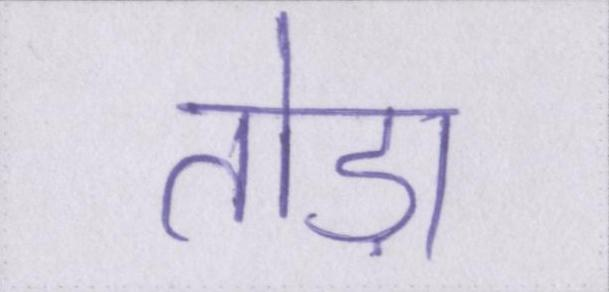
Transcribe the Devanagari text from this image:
तोड़ा